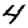
Digit: 4